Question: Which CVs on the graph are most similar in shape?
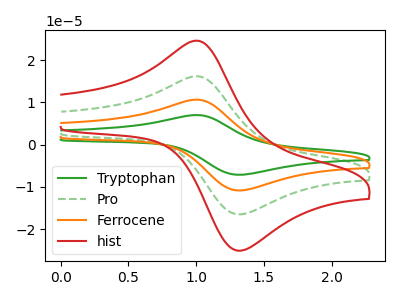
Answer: <think>The green curve "Tryptophan" has an anodic peak at (1.00V, 48.55uA) and a cathodic peak at (1.35V, -49.35uA). The green dashed curve "Pro" has an anodic peak at (1.00V, 16.20uA) and a cathodic peak at (1.35V, -16.45uA). The orange curve "Ferrocene" has an anodic peak at (1.00V, 32.35uA) and a cathodic peak at (1.35V, -32.90uA). The red curve "hist" has an anodic peak at (1.00V, 24.60uA) and a cathodic peak at (1.35V, -25.00uA).
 All the peaks in "Tryptophan" have a peak in "Pro" at the same potential. Every peak in "Tryptophan" is higher than every peak in "Pro". All the peaks in "Tryptophan" have a peak in "Ferrocene" at the same potential. Every peak in "Tryptophan" is higher than every peak in "Ferrocene". All the peaks in "Tryptophan" have a peak in "hist" at the same potential. Every peak in "Tryptophan" is higher than every peak in "hist". All the peaks in "Pro" have a peak in "Ferrocene" at the same potential. Every peak in "Pro" is lower than every peak in "Ferrocene". All the peaks in "Pro" have a peak in "hist" at the same potential. Every peak in "Pro" is lower than every peak in "hist". All the peaks in "Ferrocene" have a peak in "hist" at the same potential. Every peak in "Ferrocene" is higher than every peak in "hist".</think>
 <answer>"hist", "Tryptophan", "Pro" and "Ferrocene" have the same shape and are likely CV's of the same chemical.</answer>
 <eval>"hist" "Tryptophan" "Pro" "Ferrocene"</eval>